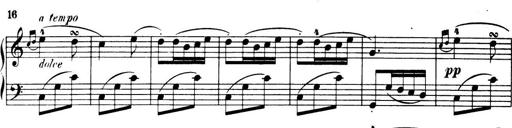
Title: 32 Sonatinas and Rondos for the Piano
Composer: Richard Kleinmichel